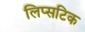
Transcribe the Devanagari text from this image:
लिप्सटिक